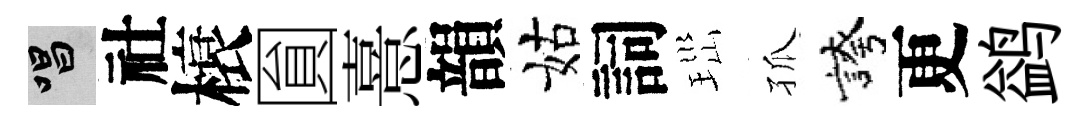
唱社榱圎憙韻姑詞𤤼孤誇更鹢